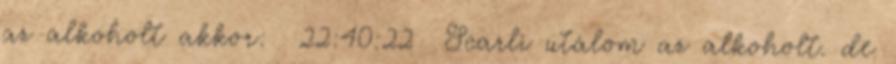
az alkoholt akkor: 22:40:22 Scarli utálom az alkoholt. de